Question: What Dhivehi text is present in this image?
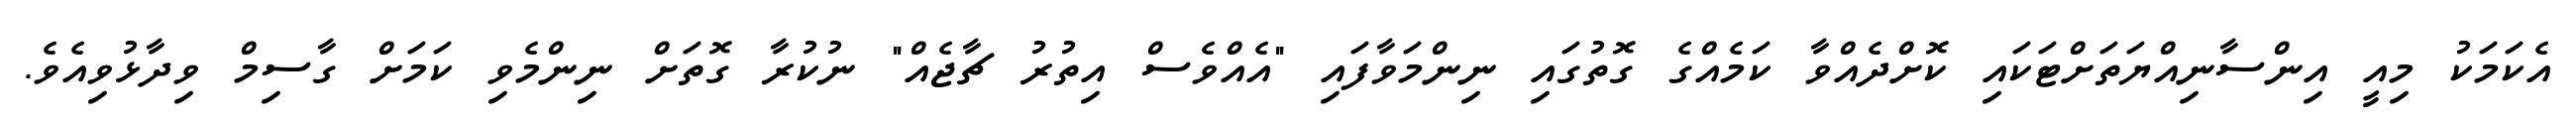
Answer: އެކަމަކު މިއީ އިންސާނިއްޔަތަށްޓަކައި ކޮށްދެއްވާ ކަމެއްގެ ގޮތުގައި ނިންމަވާފައި "އެއްވެސް އިތުރު ޗާޖެއް" ނުކުރާ ގޮތަށް ނިންމެވި ކަމަށް ގާސިމް ވިދާޅުވިއެވެ.